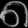
Digit: ၈